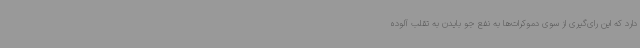
دارد که این رای‌گیری از سوی دموکرات‌ها به نفع جو بایدن به تقلب آلوده